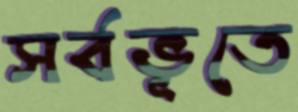
সর্বভূতে